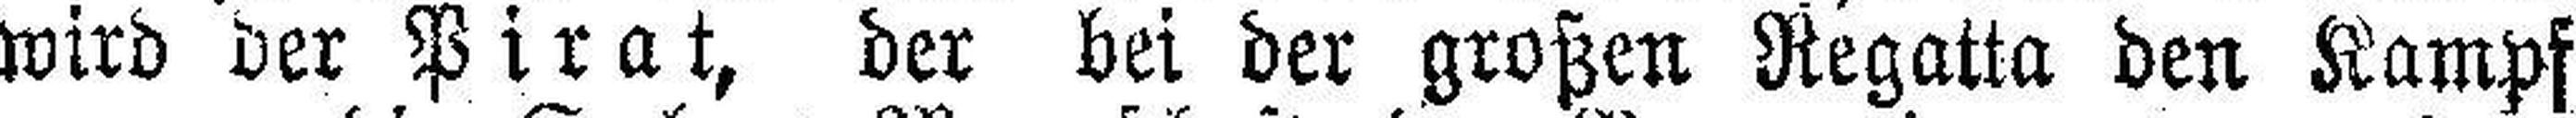
wird der Pirat, der bei der großen Regatta den Kampf